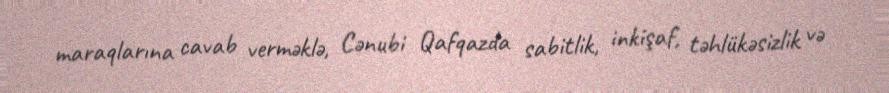
maraqlarına cavab verməklə, Cənubi Qafqazda sabitlik, inkişaf, təhlükəsizlik və